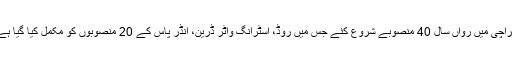
کراچی میں رواں سال 40 منصوبے شروع کئے جس میں روڈ، اسٹرانگ واٹر ڈرین، انڈر پاس کے 20 منصوبوں کو مکمل کیا گیا ہے۔